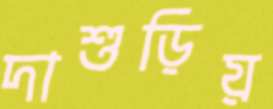
দাশুড়িয়